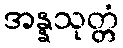
အန္နသုတ္တံ